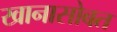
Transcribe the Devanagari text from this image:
खानासोबत